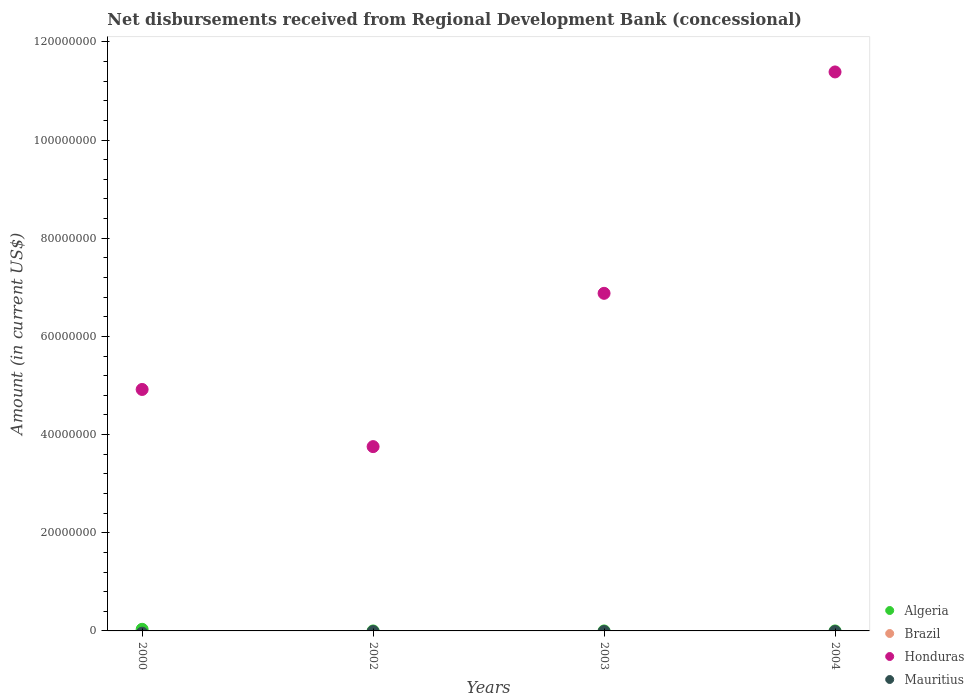
| Years | Algeria | Brazil | Honduras | Mauritius |
 | --- | --- | --- | --- | --- |
 | 2000 | 3.3e+05 | -2.22e+07 | 4.92e+07 | -4.57e+05 |
 | 2002 | -4e+03 | -2.81e+07 | 3.75e+07 | -1.26e+05 |
 | 2003 | -4e+03 | -3.02e+07 | 6.88e+07 | -1.29e+05 |
 | 2004 | -4e+03 | -2.53e+07 | 1.14e+08 | -1.3e+05 |